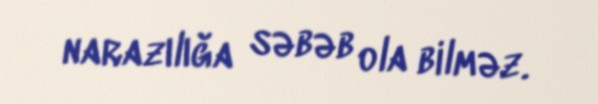
narazılığa səbəb ola bilməz.